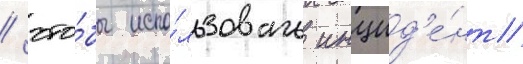
/ что́бы испо́льзовать инцид'е́нт